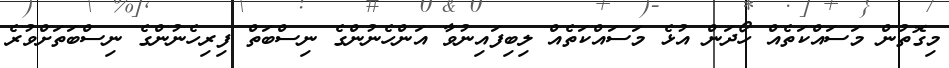
މިގޮތުން މަސައްކަތެއް ހޯދަން އުޅެ މަސައްކަތެއް ލިބިފައިނުވާ އަންހެނުންގެ ނިސްބަތް ފިރިހެނުންގެ ނިސްބަތަށްވުރެ